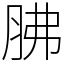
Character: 胇